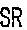
SR